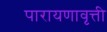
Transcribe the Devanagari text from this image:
पारायणावृत्ती